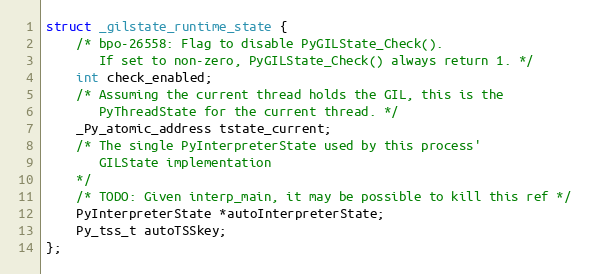
Language: C
struct _gilstate_runtime_state {
    /* bpo-26558: Flag to disable PyGILState_Check().
       If set to non-zero, PyGILState_Check() always return 1. */
    int check_enabled;
    /* Assuming the current thread holds the GIL, this is the
       PyThreadState for the current thread. */
    _Py_atomic_address tstate_current;
    /* The single PyInterpreterState used by this process'
       GILState implementation
    */
    /* TODO: Given interp_main, it may be possible to kill this ref */
    PyInterpreterState *autoInterpreterState;
    Py_tss_t autoTSSkey;
};